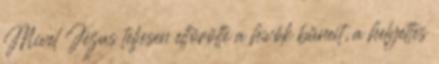
Mivel Jézus teljesen eltörölte a hívők bűneit, a helyettes